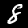
Label: 8